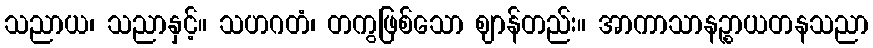
သညာယ၊ သညာနှင့်။ သဟဂတံ၊ တကွဖြစ်သော ဈာန်တည်း။ အာကာသာနဉ္စာယတနသညာ